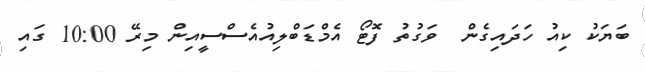
ބަޔަކު ކިއު ހަދައިގެން  ވަގުތު ފޮޓޯ އެމްޑަބްލިއުއެސްސީއިން މިރޭ 10:00 ގައި